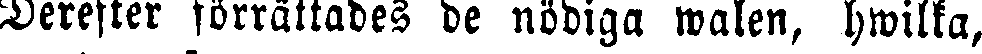
Derefter förrättades de nödiga walen, hwilka,